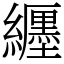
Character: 纒